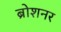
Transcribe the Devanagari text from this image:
ब्रोशनर